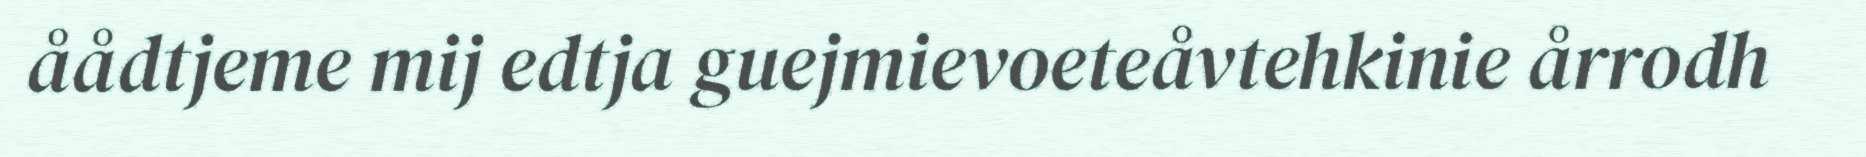
åådtjeme mij edtja guejmievoeteåvtehkinie årrodh